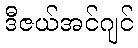
ဒီဇယ်အင်ဂျင်